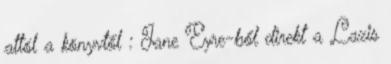
attól a könyvtől : Jane Eyre-ből direkt a Lazis